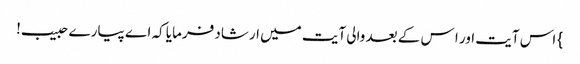
} اس آیت اور ا س کے بعد والی آیت میں ارشاد فرمایا کہ اے پیارے حبیب!